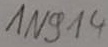
Text: 1N914